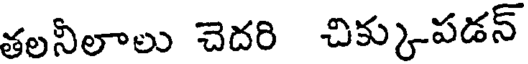
తలనీలాలు చెదరి చిక్కుపడన్